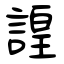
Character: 諻